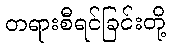
တရားစီရင်ခြင်းတို့